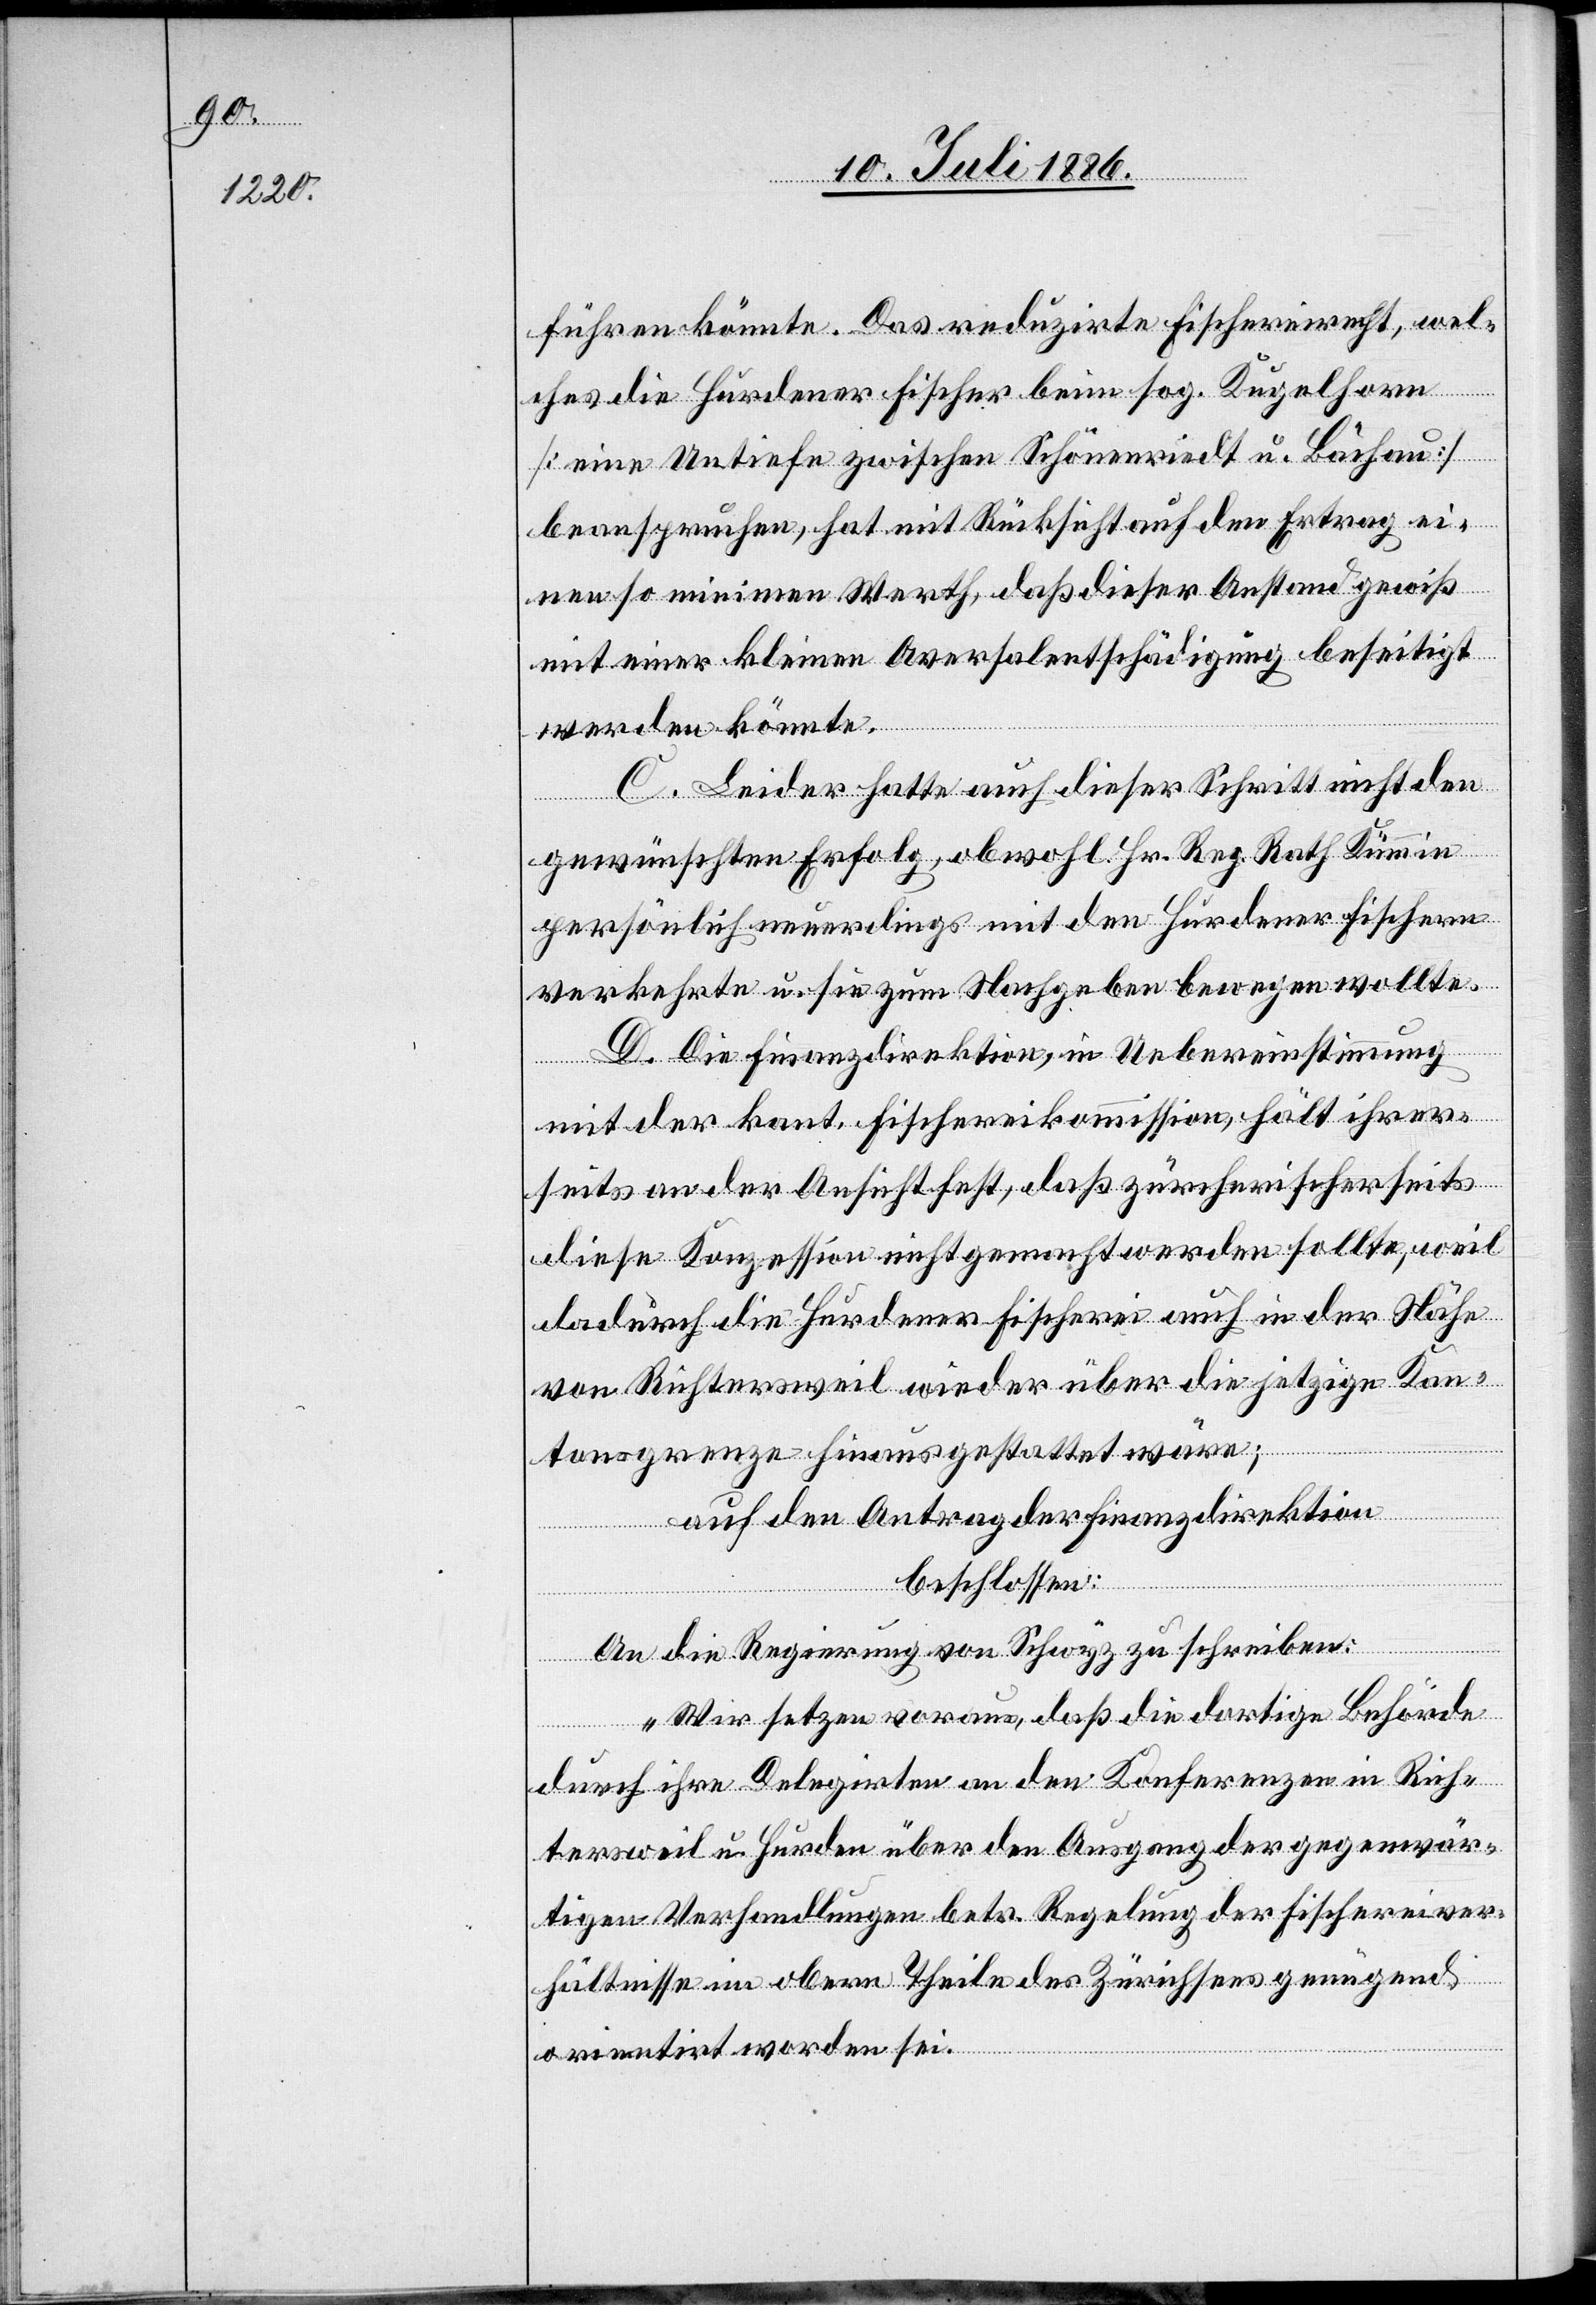
führen könnte. Das reduzirte Fischereirecht, wel¬
ches die Hurdener Fischer beim sog. Kugelhorn
[eine Untiefe zwischen Schönenriedt u. Bächau]
beanspruchen, hat mit Rücksicht auf den Ertrag ei¬
nen so minimen Werth, daß dieser Anstand gewiß
mit einer kleinen Aversalentschädigung beseitigt
werden könnte.
C. Leider hatte auch dieser Schritt nicht den
gewünschten Erfolg, obwohl Hr. Reg. Rath Kümmin
persönlich neuerdings mit den Hurdener Fischern
verkehrte u. sie zum Nachgeben bewegen wollte.
D. Die Finanzdirektion, in Uebereinstimmung
mit der kant. Fischereikommission, hält ihrer¬
seits an der Ansicht fest, daß zürcherischerseits
diese Konzession nicht gemacht werden sollte, weil
dadurch die Hurdener Fischerei auch in der Nähe
von Richtersweil wieder über die jetzige Kan¬
tonsgrenze hinaus gestattet wäre;
auf den Antrag der Finanzdirektion
beschlossen:
An die Regierung von Schwyz zu schrieben:
„Wir setzen voraus, daß die dortige Behörde
durch ihre Delegirten an den Konferenzen in Rich¬
tersweil u. Hurden über den Ausgang der gegenwär¬
tigen Verhandlungen betr. Regelung der Fischereiver¬
hältnisse im obern Theile des Zürichsees genügend
orientirt worden sei.